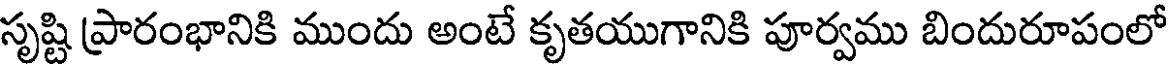
సృష్టి ప్రారంభానికి ముందు అంటే కృతయుగానికి పూర్వము బిందురూపంలో